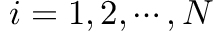
i = 1 , 2 , \cdots , N